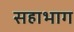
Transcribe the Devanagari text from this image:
सहाभाग